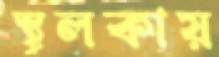
স্থূলকায়